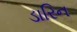
ડારિન